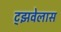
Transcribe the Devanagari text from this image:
ट्झवेलास